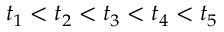
t _ { 1 } < t _ { 2 } < t _ { 3 } < t _ { 4 } < t _ { 5 }